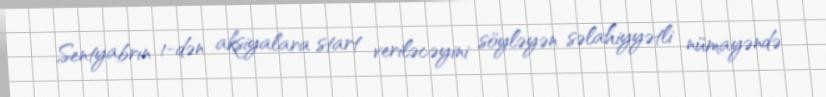
Sentyabrın 1-dən aksiyalara start veriləcəyini söyləyən səlahiyyətli nümayəndə